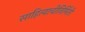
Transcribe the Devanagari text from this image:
साहित्याचीनिर्मिती